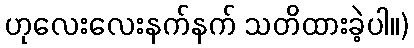
ဟုလေးလေးနက်နက် သတိထားခဲ့ပါ။)